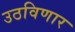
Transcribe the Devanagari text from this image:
उठविणार